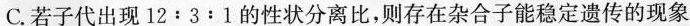
C. 若子代出现$$12 : 3 : 1$$的性状分离比，则存在杂合子能稳定遗传的现象